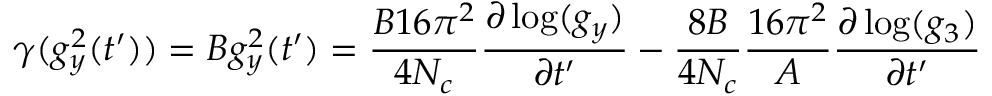
\gamma ( g _ { y } ^ { 2 } ( t ^ { \prime } ) ) = B g _ { y } ^ { 2 } ( t ^ { \prime } ) = \frac { B 1 6 \pi ^ { 2 } } { 4 N _ { c } } \frac { \partial \log ( g _ { y } ) } { \partial t ^ { \prime } } - \frac { 8 B } { 4 N _ { c } } \frac { 1 6 \pi ^ { 2 } } { A } \frac { \partial \log ( g _ { 3 } ) } { \partial t ^ { \prime } }